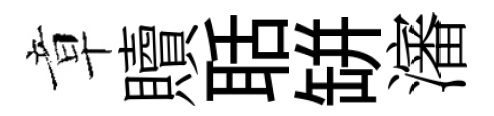
章贖聒缾瀋